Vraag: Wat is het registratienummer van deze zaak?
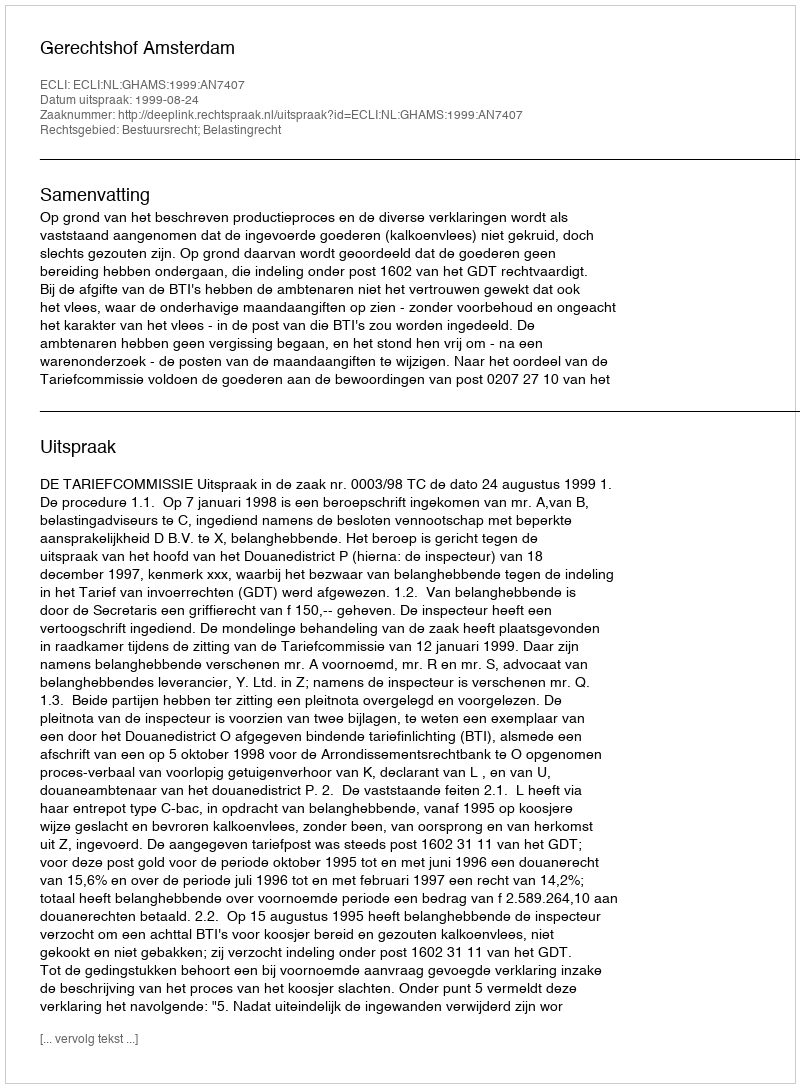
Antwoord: http://deeplink.rechtspraak.nl/uitspraak?id=ECLI:NL:GHAMS:1999:AN7407